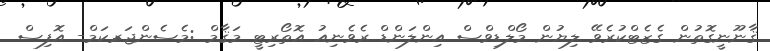
ޤާނޫނީގޮތުން ގެޒެޓްކުރެވޭ ލިޔުން މޯލްޑިވްސް އިންލަންޑް ރެވެނިއު އޮތޯރިޓީ މަޤާމް :މެސެންޖަރ-ކަމް- އޮފިސް